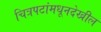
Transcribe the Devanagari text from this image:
चित्रपटांमधूनदेखील